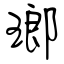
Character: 瑯